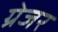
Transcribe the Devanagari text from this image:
ग्रेजर